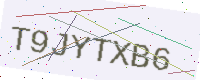
Text: T9JYTXB6